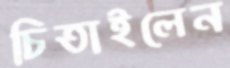
চিতাইলেন